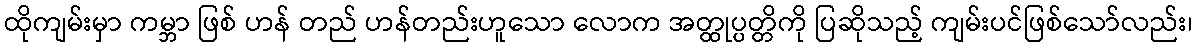
ထိုကျမ်းမှာ ကမ္ဘာ ဖြစ် ဟန် တည် ဟန်တည်းဟူသော လောက အတ္ထုပ္ပတ္တိကို ပြဆိုသည့် ကျမ်းပင်ဖြစ်သော်လည်း၊